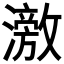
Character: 𬉘